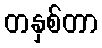
တနှစ်တာ